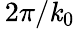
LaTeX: \, 2\pi/\mathit{k}_{0}